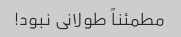
مطمئناً طولانی نبود!